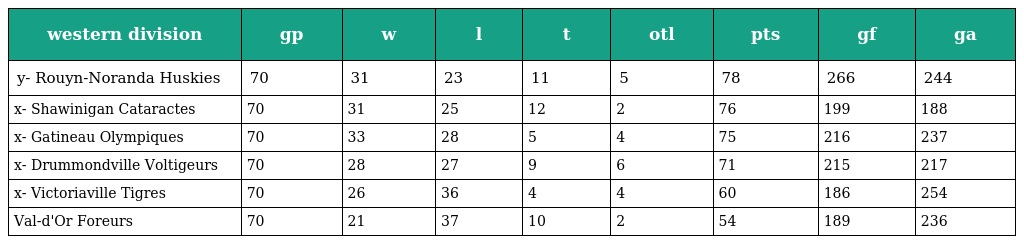
| western division | gp | w | l | t | otl | pts | gf | ga |
 | --- | --- | --- | --- | --- | --- | --- | --- | --- |
 | y- Rouyn-Noranda Huskies | 70 | 31 | 23 | 11 | 5 | 78 | 266 | 244 |
 | x- Shawinigan Cataractes | 70 | 31 | 25 | 12 | 2 | 76 | 199 | 188 |
 | x- Gatineau Olympiques | 70 | 33 | 28 | 5 | 4 | 75 | 216 | 237 |
 | x- Drummondville Voltigeurs | 70 | 28 | 27 | 9 | 6 | 71 | 215 | 217 |
 | x- Victoriaville Tigres | 70 | 26 | 36 | 4 | 4 | 60 | 186 | 254 |
 | Val-d'Or Foreurs | 70 | 21 | 37 | 10 | 2 | 54 | 189 | 236 |